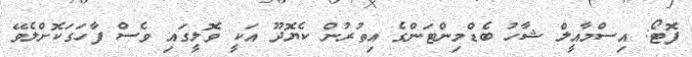
ފޮޓޯ: އިސްމާއީލް ޝާހު ބެޑްމިންޓަންގެ އިތުރުން ކެޔޮދޫ އަކީ ވޮލީގައި ވެސް ފާހަގަކޮށްލެވޭ